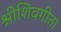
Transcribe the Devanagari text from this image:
श्रीशिवगीता